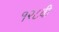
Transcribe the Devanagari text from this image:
१२८वी